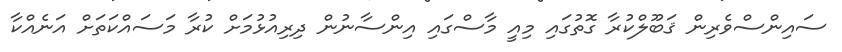
ސައިންސްވެރިން ޤަބޫލްކުރާ ގޮތުގައި މިއީ މާސްގައި އިންސާނުން ދިރިއުޅުމަށް ކުރާ މަސައްކަތަށް އަނެއްކާ